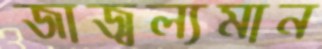
জাজ্বল্যমান